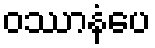
ဝဿာနံပေ